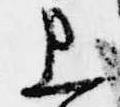
上